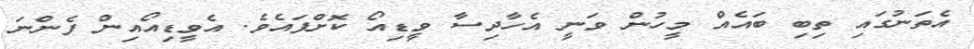
އެތަނުގައި ތިބި ބައެއް މީހުން ވަނީ އެހާދިސާ ވީޑިއޯ ކޮށްފައެވެ. އެވީޑިއޯއިން ފެންނަ